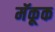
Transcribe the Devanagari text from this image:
मॅकूक